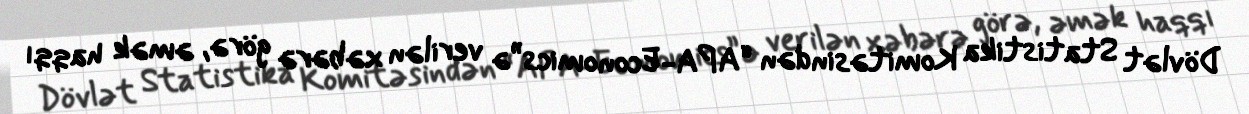
Dövlət Statistika Komitəsindən “APA-Economics”ə verilən xəbərə görə, əmək haqqı